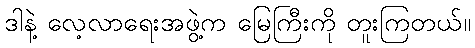
ဒါနဲ့ လေ့လာရေးအဖွဲ့က မြေကြီးကို တူးကြတယ်။